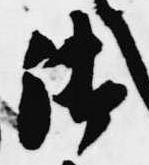
御